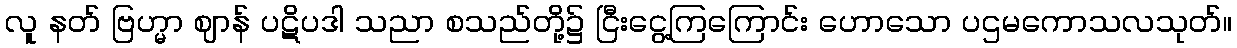
လူ နတ် ဗြဟ္မာ ဈာန် ပဋိပဒါ သညာ စသည်တို့၌ ငြီးငွေ့ကြကြောင်း ဟောသော ပဌမကောသလသုတ်။